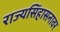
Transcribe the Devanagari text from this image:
राज्यसिंहासनावर